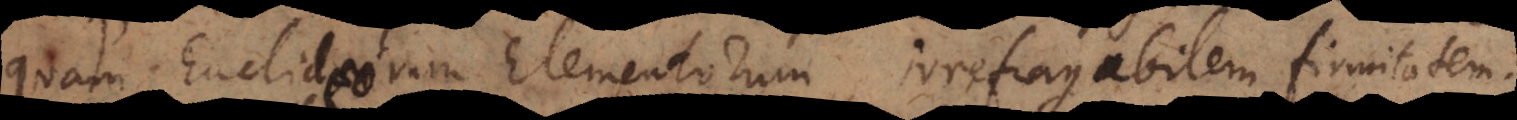
quam Euclideorum Elementorum irrefragabilem firmitatem.